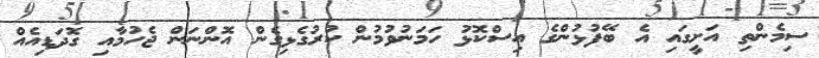
ސިމެންތި އަށީގައި އެ ބޭފުޅުންގެ އިސްކޮޅު ހަމަނުވުމުން ކުރުގެޅިގެން އޮންނަން ޖެހުމާއި ގޮދަޑިއެއް